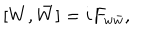
LaTeX: [ W , \bar { W } ] = i F _ { w \bar { w } } ,